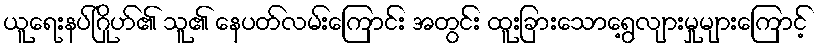
ယူရေးနပ်ဂြိုဟ်၏ သူ၏ နေပတ်လမ်းကြောင်း အတွင်း ထူးခြားသောရွေ့လျားမှုများကြောင့်